Indian journal of veterinary science and animal husbandry - Volumes 26-27, 1956-1957
Year: 1956
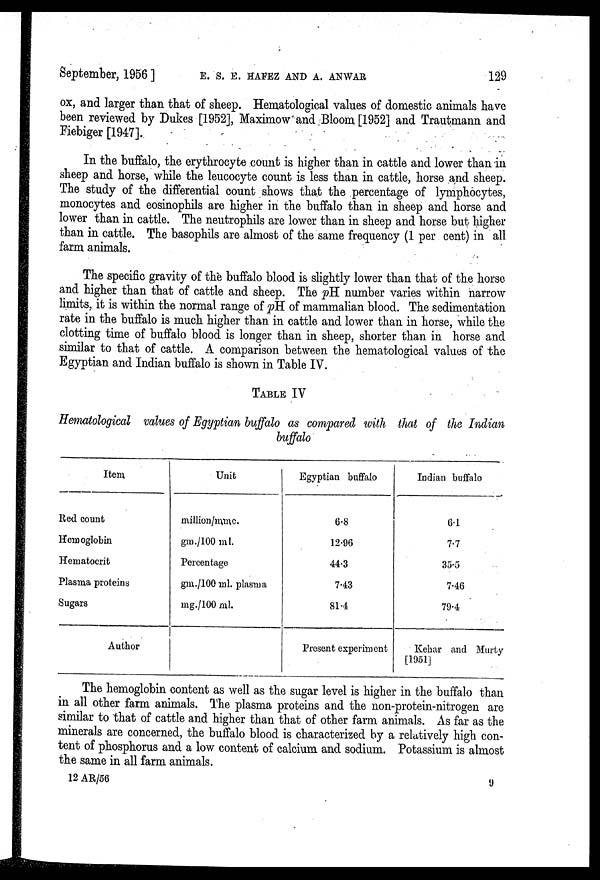
September, 1956 ] E. S. E. HAFEZ AND A. ANWAR 129
ox, and larger than that of sheep. Hematological values of domestic animals have
been reviewed by Dukes [1952], Maximow and Bloom [1952] and Trautmann and
Fiebiger [1947].
In the buffalo, the erythrocyte count is higher than in cattle and lower than in
sheep and horse, while the leucocyte count is less than in cattle, horse and sheep.
The study of the differential count shows that the percentage of lymphocytes,
monocytes and eosinophils are higher in the buffalo than in sheep and horse and
lower than in cattle. The neutrophils are lower than in sheep and horse but higher
than in cattle. The basophils are almost of the same frequency (1 per cent) in all
farm animals.
The specific gravity of the buffalo blood is slightly lower than that of the horse
and higher than that of cattle and sheep. The pH number varies within narrow
limits, it is within the normal range of pH of mammalian blood. The sedimentation
rate in the buffalo is much higher than in cattle and lower than in horse, while the
clotting time of buffalo blood is longer than in sheep, shorter than in horse and
similar to that of cattle. A comparison between the hematological values of the
Egyptian and Indian buffalo is shown in Table IV.
TABLE IV
Hematological values of Egyptian buffalo as compared with that of the Indian
buffalo
Item
Red count
Hemoglobin
Hematocrit
Plasma proteins
Sugars
Author
Unit
million/mmc.
gm./100 ml.
Percentage
gm./100ml. plasma
mg./100 ml.
Egyptian buffalo
6.8
12.96
44.3
7.43
81.4
Present experiment
Indian buffalo
6.1
7.7
35.5
7.46
79.4
Kehar and Murty
[1951]
The hemoglobin content as well as the sugar level is higher in the buffalo than
in all other farm animals. The plasma proteins and the non-protein-nitrogen are
similar to that of cattle and higher than that of other farm animals. As far as the
minerals are concerned, the buffalo blood is characterized by a relatively high con-
tent of phosphorus and a low content of calcium and sodium. Potassium is almost
the same in all farm animals.
12 AR/56
9